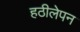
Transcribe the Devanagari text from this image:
हठीलेपन